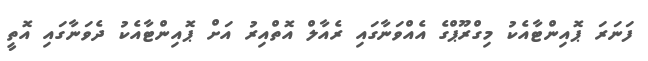
ފަނަރަ ޕޮއިންޓާއެކު މިގްރޫޕްގެ އެއްވަނާގައި ރެއާލް އޮތްއިރު އަށް ޕޮއިންޓާއެކު ދެވަނާގައި އޮތީ